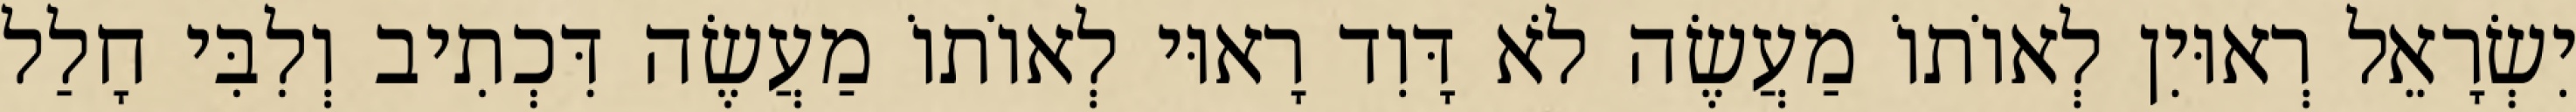
יִשְׂרָאֵל רְאוּיִן לְאוֹתוֹ מַעֲשֶׂה לֹא דָּוִד רָאוּי לְאוֹתוֹ מַעֲשֶׂה דִּכְתִיב וְלִבִּי חָלַל